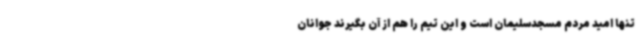
تنها امید مردم مسجدسلیمان است و این تیم را هم از آن بگیرند جوانان